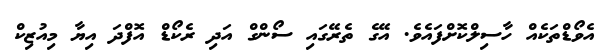
އެވޯޑްތަކެއް ހާސިލްކޮށްފައެވެ. އޭގެ ތެރޭގައި ސޯންގް އަދި ރެކޯޑް އޮފްދަ އިޔާ މިއުޒިކް